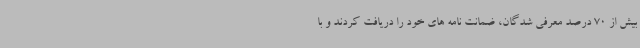
بیش از 70 درصد معرفی شدگان، ضمانت نامه های خود را دریافت کردند و با